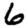
Digit: 6